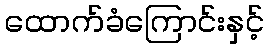
ထောက်ခံကြောင်းနှင့်